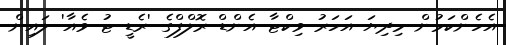
އެހެންކަމުން މިދިޔަ އަހަރު ވިކްޓާ އެންޑް ރޮލްފްގެ 'ރެޑީ ޓު ވެއާ' ލައިން